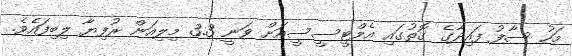
މަހު ސާފު ފައިދާގެ ގޮތުގައި އެމްޓީސީސީއަށް ވަނީ 3.3 މިލިއަން ރުފިޔާ ލިބިފައެވެ.